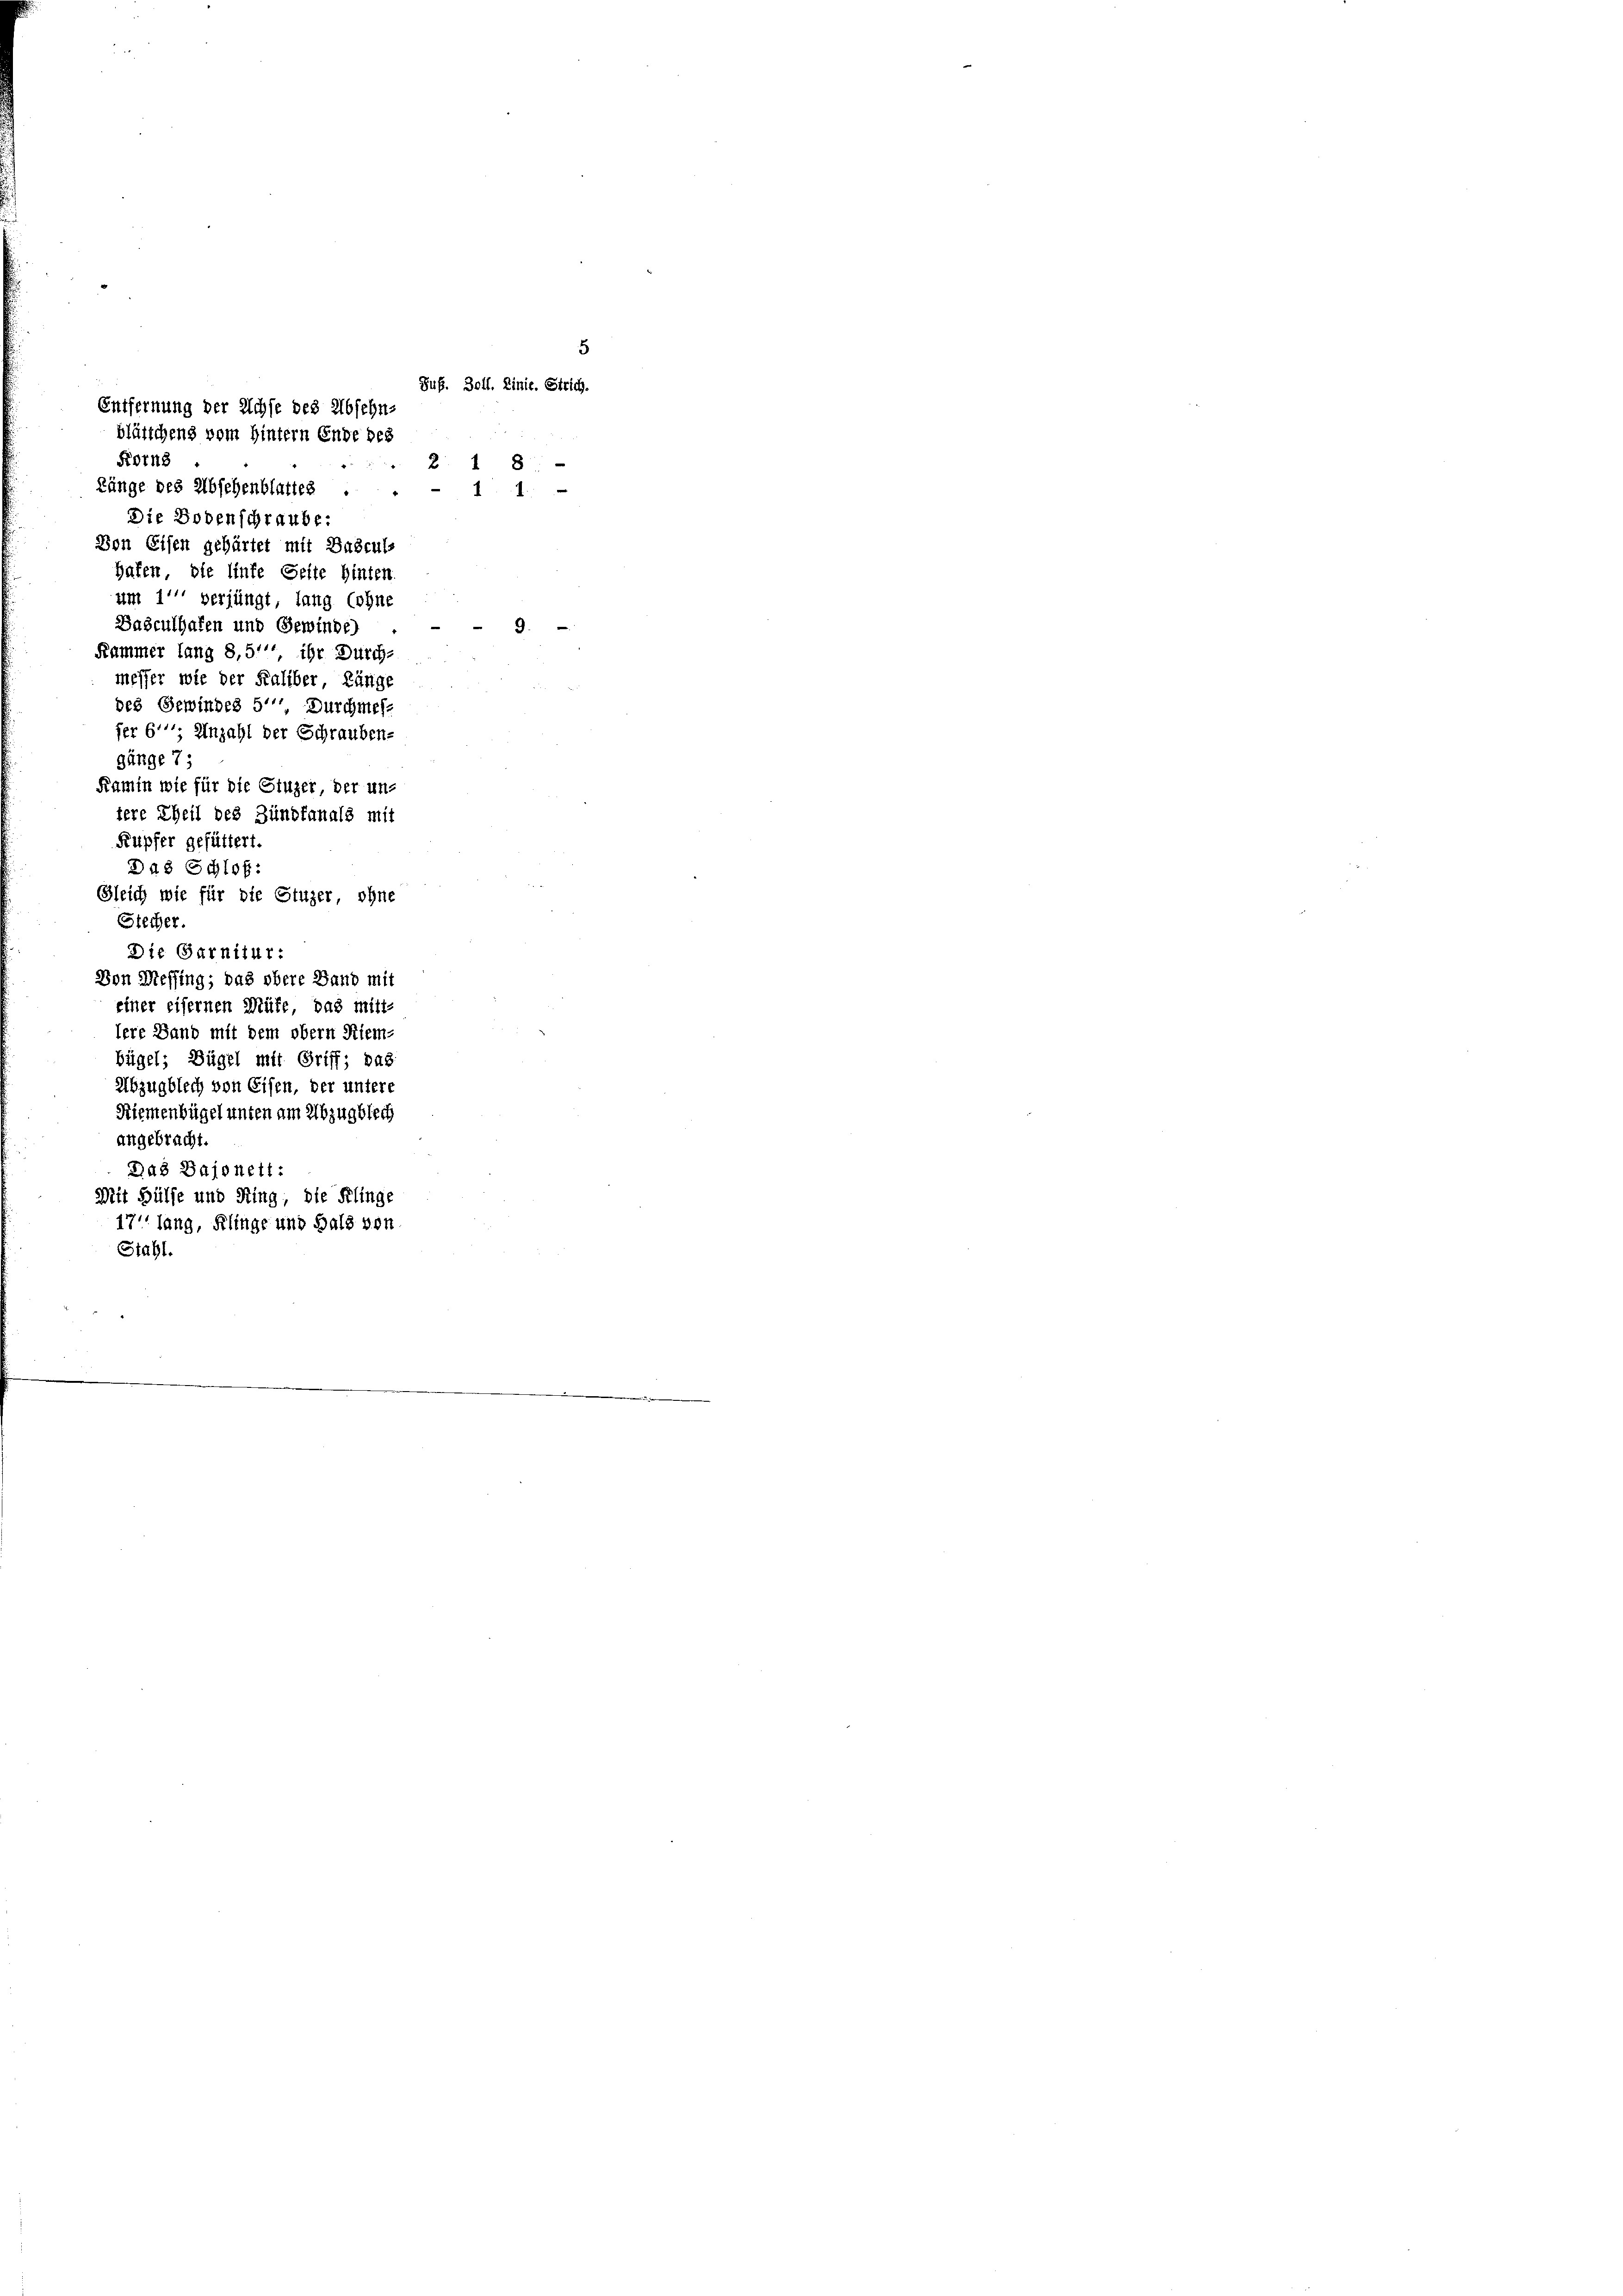
Forns

5
Sus. Boll. Linie. Strich.
Entfernung der Achse des Abschn
blättchens vom Hintern Ende des

2 18
Länge des Abschenblattes . . . 11 -
Die Bodenschraube.
Don Eisen gehärtet mit Buseuls
Hafen, die linke Seite hinten.
um 1''' verjüngt, lang (ohne
Dasculhafen und Gewinde
Kammer lang 8,51 ihr Durch-
messer wie der Kaliber, Länge
des Gewindes 5'', Durchmes-
fer 611. Anzahl der Schraubens
gänge 7;
Kamin wie für die Stuzer der un-
tere Theil des Zündtanals mit
Kupfer gefüttert.
Das Schloß:
Gleich wie für die Stuzer, ohne
Siecher.
Die Garnitur:
Von Messing; das obere Band mit
einer eisernen Müte, das mitt-
lere Band mit dem obern Riem-
bügel; Dügel mit Griff; pag.
Abzugblech von Eisen, der untere
Riemenbügel unten am Abzug blech
angebracht.
Das Bajonett:
Mit Hülfe und Ring, die Klinge
17'' lang, Klinge und Hals von
Stahl

9.